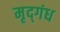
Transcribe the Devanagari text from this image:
मृद्‌गंध